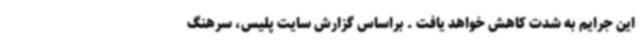
این جرایم به شدت کاهش خواهد یافت . براساس گزارش سایت پلیس، سرهنگ